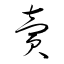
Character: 賣